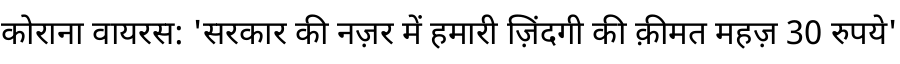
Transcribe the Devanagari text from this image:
कोराना वायरस: 'सरकार की नज़र में हमारी ज़िंदगी की क़ीमत महज़ 30 रुपये'